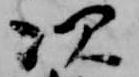
次